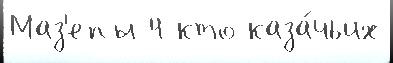
Маз'епы 4 кто каза́чьих